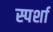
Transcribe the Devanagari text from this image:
स्पर्शा